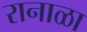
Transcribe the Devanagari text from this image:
रानाळा